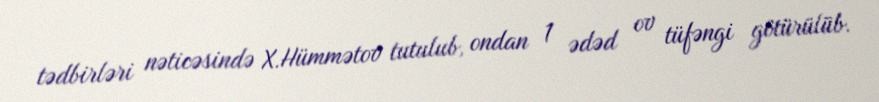
tədbirləri nəticəsində X.Hümmətov tutulub, ondan 1 ədəd ov tüfəngi götürülüb.